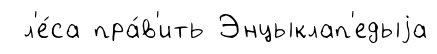
л'е́са пра́в'ить Энцыклап'едыjа